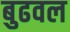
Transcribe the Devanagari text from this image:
बुढवल